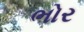
ભોર